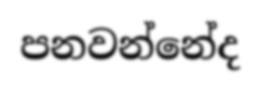
පනවන්නේද